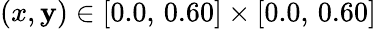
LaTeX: (x,\mathbf{y})\in[0.0,\, 0.60]\times[0.0,\, 0.60]